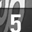
Digit: 5